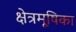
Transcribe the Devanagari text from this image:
क्षेत्रमूषिका